Vaccination in Bombay 1869-1873 - 1869-1873
Year: 1869
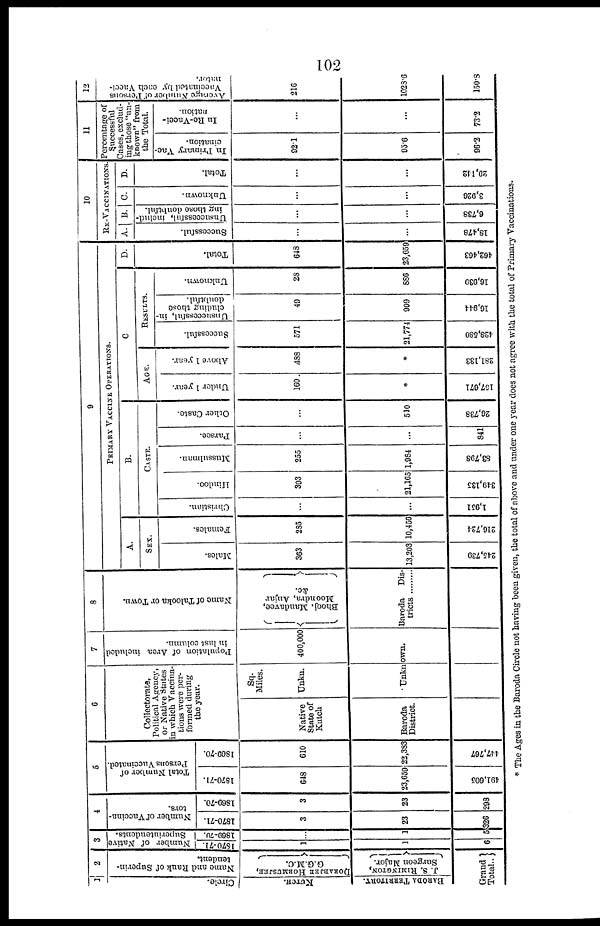
102
1
Circle.
KUTCH.
BARODA TERRITORY.
2
Name and Rank of Superin-
tendent.
DORABJEE HORMIUSJEE,
G.G.M.C.
J. S. RIMINGTON,
Surgeon Major.
Grand
Total..
3
Number of Native
Superintendents.
1870-71
1
1
6
1869-70
...
1
5
4
Number of Vaccina-
tors.
1870-71
3
23
326
1869-70
3
23
298
5
Total Number or
Persons Vaccinated.
1870-71
648
23,659
491,605
1869-70
610
22,383
447,767
6
Collectorate,
Political Agency,
or Native States
in which Vaccina-
tions were per-
formed during
the year.
Native
State of
Kutch
Baroda
District.
Sq.
Miles.
Unkn.
7
Population of Area included
in last column.
400,000
Unknown.
8
Name of Talooka or Town.
Bhooj, Mandavee
Moondra, Anjar
&c.
Baroda Dis¬
tricts ............
9
PRIMARY VACCINE OPERATIONS.
A.
SEX.
Males.
363
13,203
245,739
Females.
285
10,456
216,724
B.
CASTE.
Christian.
...
...
1,951
Hindoo.
393
21,165
349,135
Mussulman.
255
1,984
83,798
Parsce.
...
...
841
Other Caste.
...
510
26,738
C
AGE.
Under 1 year.
160
*
157,671
Above 1 year.
488
*
281,133
RESULTS.
Successful.
571
21,774
428,580
Unsuccessful, in-
cluding those
doubtful.
49
999
16,944
Unknown.
28
886
16,939
D.
Total.
648
23,659
462,463
10
RE-VACCINATIONS.
A.
Successful.
...
...
18,478
B.
Unsuccessful, includ-
ing those doubtful.
...
...
6,738
C.
Unknown.
...
...
3,926
D.
Total.
...
...
29,142
11
Percentage of
Successful
Cases, exclud-
ing those "un-
known" from
the Total.
In Primary Vac-
cination.
92.1
95.6
96.2
In Re-Vacci-
nation.
...
...
73.2
12
Average Number of Persons
Vaccinated by each Vacci-
nator.
216
1028.6
150.8
* The Ages in the Baroda Circle not having been given, the total of above and under one year does not agree with the total of Primary Vaccinations.